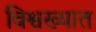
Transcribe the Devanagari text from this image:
विश्वख्यात